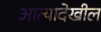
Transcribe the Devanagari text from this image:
आत्यादेखील